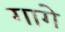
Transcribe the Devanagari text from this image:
गागे